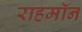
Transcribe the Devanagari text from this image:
राहमॉन